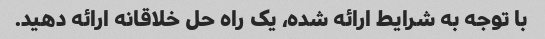
با توجه به شرایط ارائه شده، یک راه حل خلاقانه ارائه دهید.